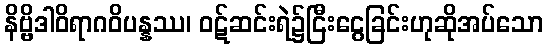
နိဗ္ဗိဒါဝိရာဂဝိပန္နဿ၊ ဝဋ်ဆင်းရဲ၌ငြီးငွေခြင်းဟုဆိုအပ်သော